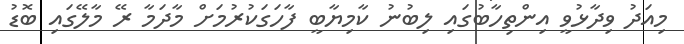
މިއަދު ވިދާޅުވީ އިންތިހާބުގައި ލިބުނު ކާމިޔާބީ ފާހަގަކުރުމަށް މާދަމާ ރޭ މާލޭގައި ބޮޑު